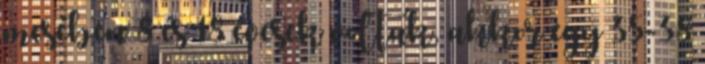
mesében 8 és 18 évesek voltak, akkor egy 35-38